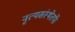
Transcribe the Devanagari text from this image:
नृत्यसंस्थेतर्फे